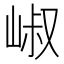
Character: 𡹧